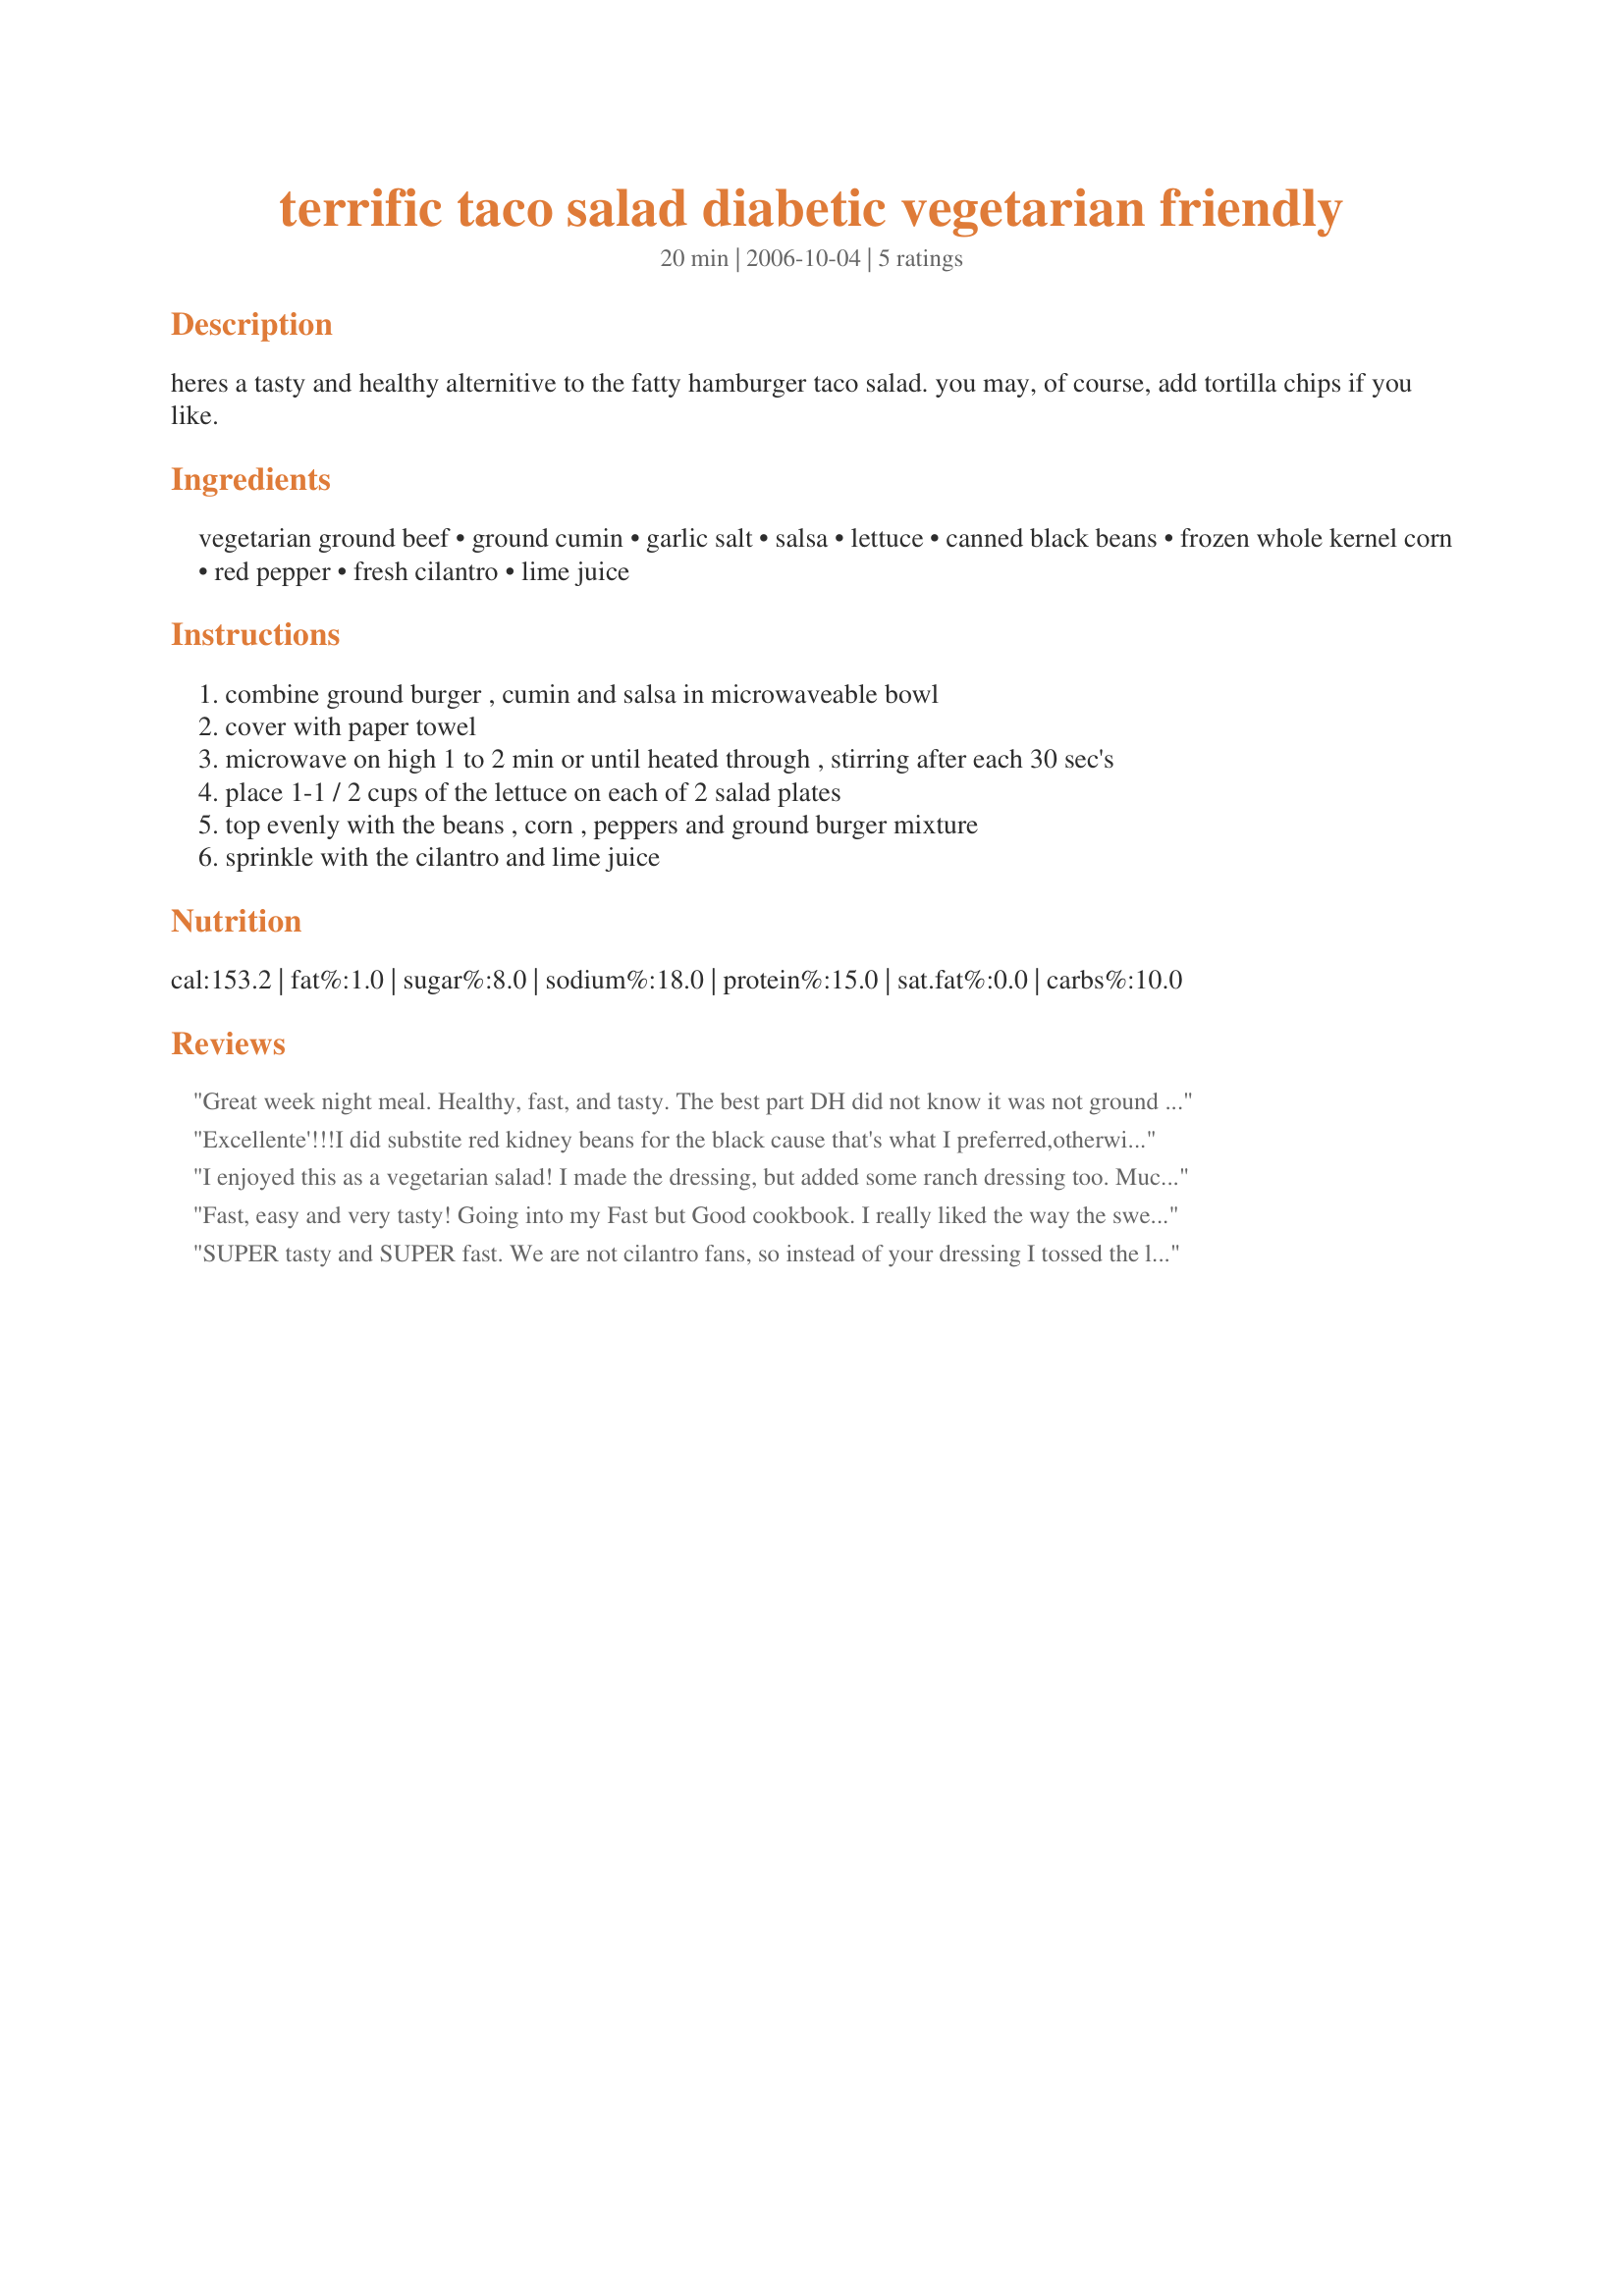
terrific taco salad diabetic vegetarian friendly
Preparation time: 20 minutes

heres a tasty and healthy alternitive to the fatty hamburger taco salad. you may, of course, add tortilla chips if you like.

Ingredients:
vegetarian ground beef, ground cumin, garlic salt, salsa, lettuce, canned black beans, frozen whole kernel corn, red pepper, fresh cilantro, lime juice

Steps:
combine ground burger , cumin and salsa in microwaveable bowl
cover with paper towel
microwave on high 1 to 2 min or until heated through , stirring after each 30 sec's
place 1-1 / 2 cups of the lettuce on each of 2 salad plates
top evenly with the beans , corn , peppers and ground burger mixture
sprinkle with the cilantro and lime juice

Reviews:
Great week night meal. Healthy, fast, and tasty. The best part DH did not know it was not ground beef, hee, hee. Served chips on the side so we would not eat as many. Would not change anything as we were quite satisfied. Thanks so much for the post.
Excellente'!!!I did substite red kidney beans for the black cause that's what I preferred,otherwise did all the same.Great-thank you dear for sharing.
I enjoyed this as a vegetarian salad! I made the dressing, but added some ranch dressing too. Much enjoyed! Thanks! Made for PRMR game.
Fast, easy and very tasty! Going into my Fast but Good cookbook. I really liked the way the sweet corn tasted with the cumin. I used hot chipotle salsa and pinto beans which I prefer to black beans. I also couldn't resist adding (a little) shredded Mexican cheese and an olive for garnish. Dressing was fantastic, and very low fat. My lime wasn't very juicy though, so the dressing could have used more. Oh well. BF said he would like this again and I agreed. Many thanks Annacia!
SUPER tasty and SUPER fast. We are not cilantro fans, so instead of your dressing I tossed the lettuce with 1/4 cup of Recipe #432325. I will definitely make this again. . .THANKS!
